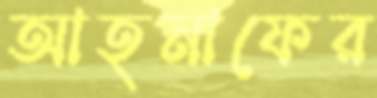
আহনাফের